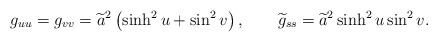
\begin{align*}g_{uu}=g_{vv}=\widetilde{a}^{2}\left( \sinh ^{2}u+\sin ^{2}v\right) ,\qquad\widetilde{g}_{ss}=\widetilde{a}^{2}\sinh ^{2}u\sin ^{2}v. \end{align*}